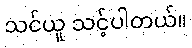
သင်ယူ သင့်ပါတယ်။